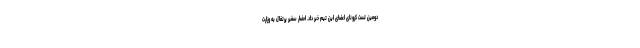
دومین تست کرونای اعضای این تیم خبر داد. احضار سفیر پرتغال به وزارت